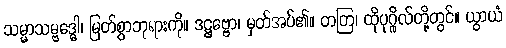
သမ္မာသမ္ဗဒ္ဓေါ၊ မြတ်စွာဘုရားကို။ ဒဋ္ဌဗ္ဗော၊ မှတ်အပ်၏။ တတြ၊ ထိုပုဂ္ဂိုလ်တို့တွင်။ ယွာယံ